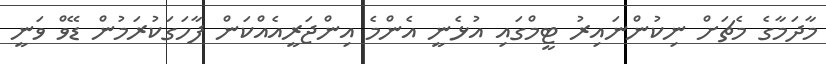
މާދަމާގެ މެޗަށް ނިކުންނައިރު ޓީމްގައި އުޅެނީ އެންމެ އިންޖަރީއެއްކަން ފާހަގަކުރަމުން ޑޭވް ވަނީ